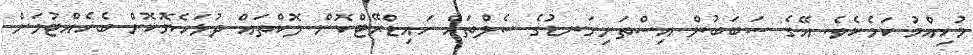
މުހިއްމު ކަމެކެވެ. އޭގެ ސަބަބުން އިސްތަށިގަނޑުގެ ސެލްތައް ހައިޑްރޭޓްކޮށް ލޮކްތައް ދުޅަހެޔޮކޮށް ބެހެއްޓުމަށް